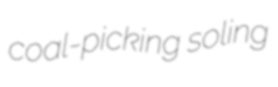
coal-picking soling